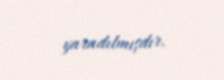
yaradılmışdır.